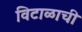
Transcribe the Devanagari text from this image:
विटाळाची